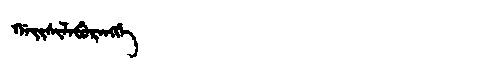
Manchu: ᡤᠠᡳᠰᡳᠯᠠᠪᡠᡵᠠᠩᡤᡝ
Romanization: GAISILABURANGGE